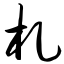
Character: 札